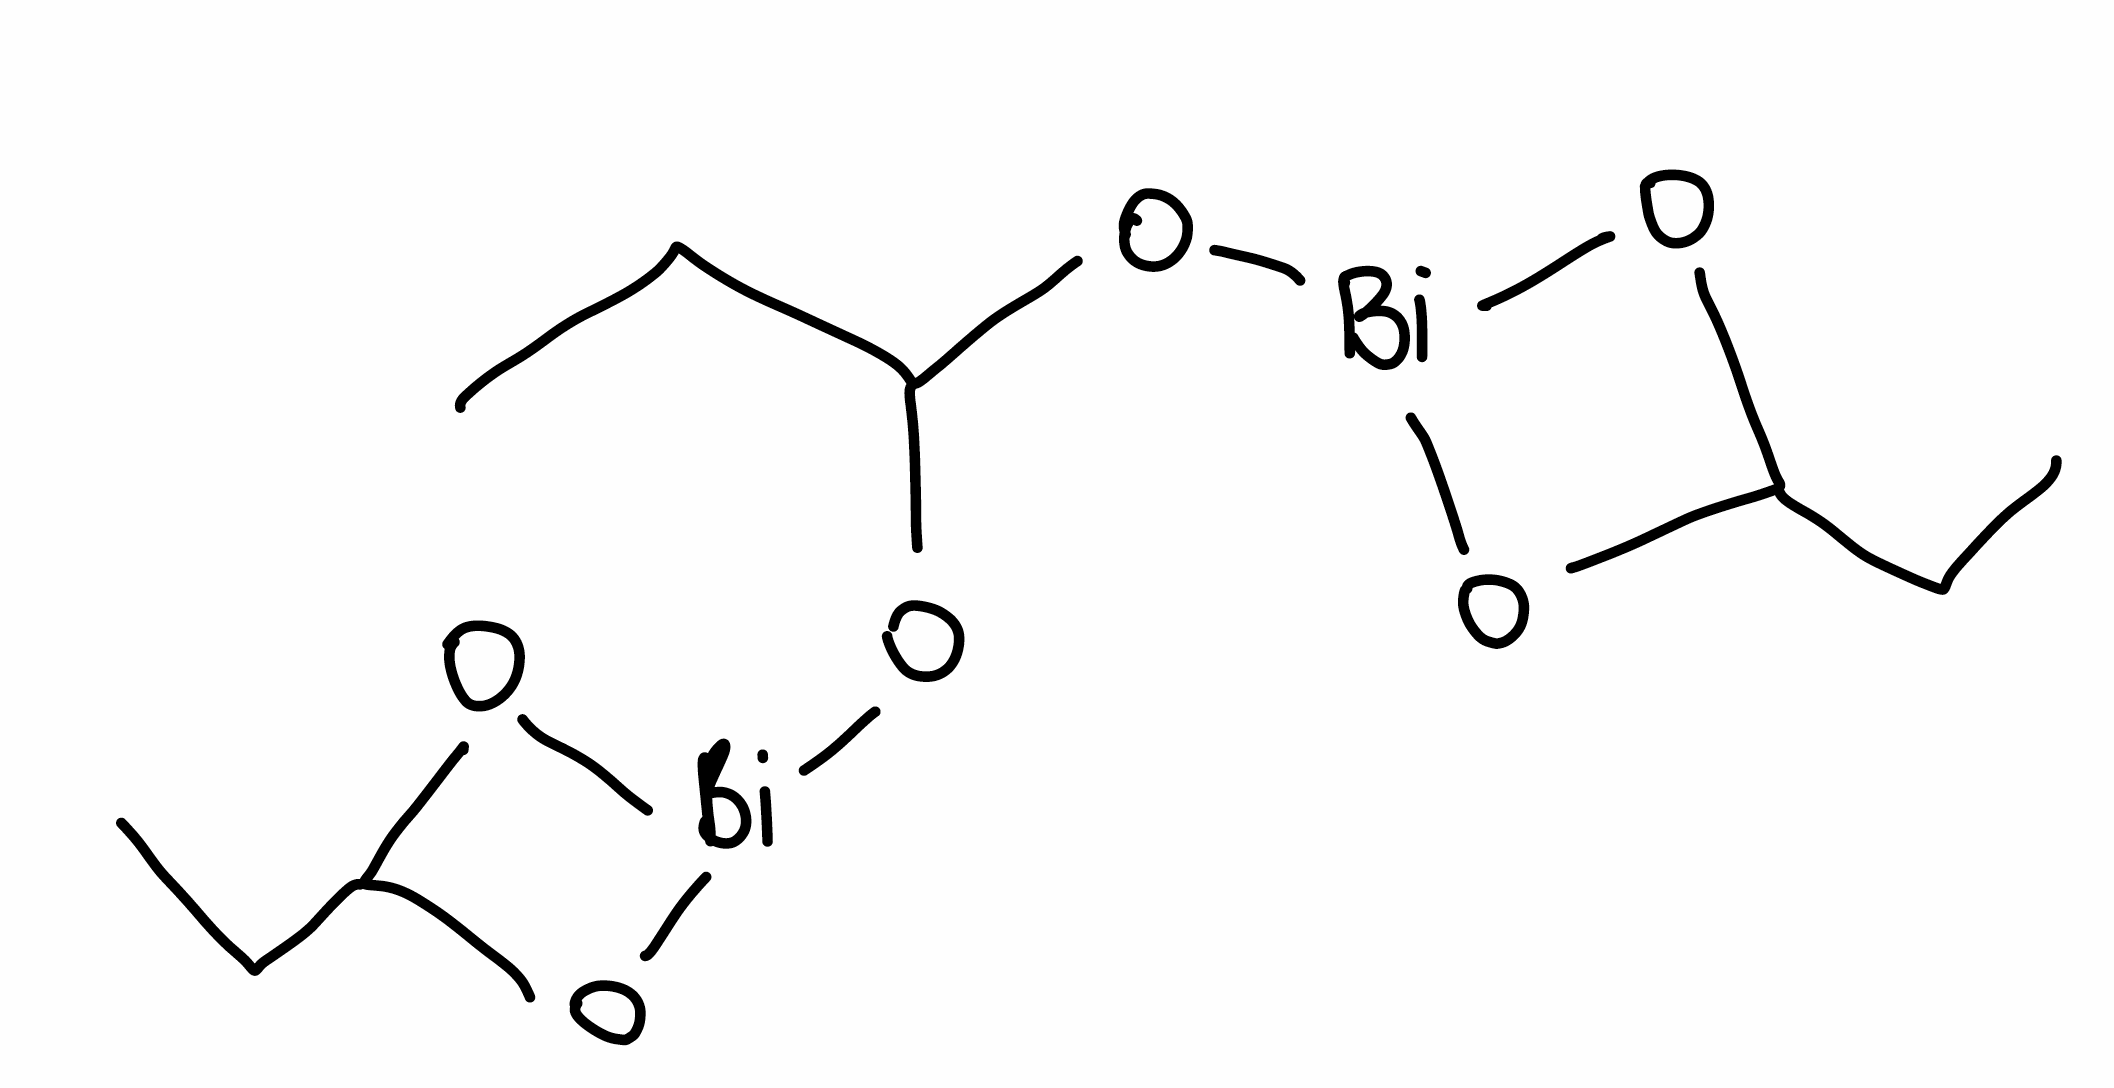
Simplified molecular-input line-entry system (SMILES) notation of the given molecule:
CCC1O[Bi](O1)OC(CC)O[Bi]2OC(O2)CC